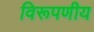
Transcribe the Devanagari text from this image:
विरूपणीय